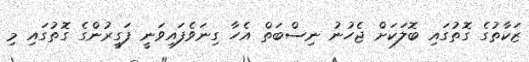
ޒަކާތުގެ ގޮތުގައި ބޮލަކަށް ޖެހުނު ނިސްބަތް އެހާ ގިނަވެފައިވަނީ ފަގީރުންގެ ގޮތުގައި މި